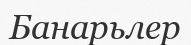
Банарьлер